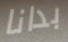
بدانا